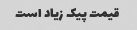
قیمت پیک زیاد است